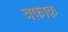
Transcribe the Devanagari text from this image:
वफ़ाक़